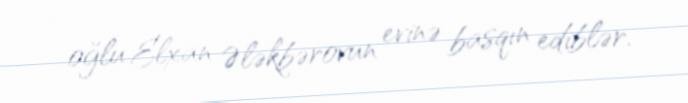
oğlu Elxan Ələkbərovun evinə basqın ediblər.